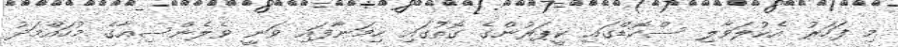
މި ފަހަރު އެކުލަވާލި ސްކޮޑްގައި ކީޕަރުންގެ ގޮތުގައި ހިމަނާފައި ވަނީ ވެލެންސިއާގެ މުހައްމަދު